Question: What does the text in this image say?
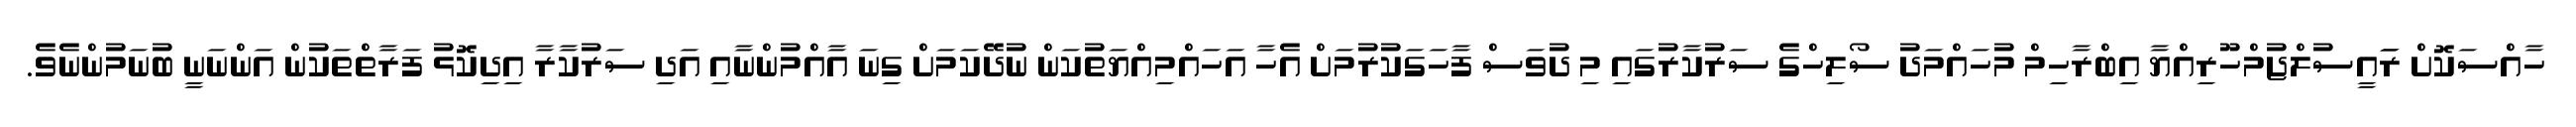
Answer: ހާއްސަކޮށް ރަައީސުލްޖުމްހޫރިއްޔާ އިބްރާހިމް މުހައްމަދު ސޯލިހްގެ ސަރުކާރުގައި މި ދުވަސް ފާހަގަކުރުމަށް އެހާ އަހައްމިއްޔަތުކަން ނުދޭކަމަށް ގިނަ އާއްމުންނާއި އަދި ސަރުކާރާ އިދިކޮޅު ފަރާތްތަކުން އަންނަނީ ބުނަމުންނެވެ.